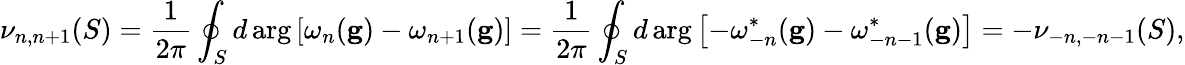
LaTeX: \nu_{n,n+1}(S)=\frac{1}{2\pi}\oint_{S}d\arg\left[\omega_{n}(\mathbf{g})-\omega_{n+1}(\mathbf{g})\right]=\frac{1}{2\pi}\oint_{S}d\arg\left[-\omega_{-n}^{*}(\mathbf{g})-\omega_{-n-1}^{*}(\mathbf{g})\right]=-\nu_{-n,-n-1}(S),